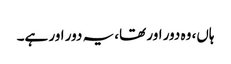
ہاں، وہ دور اور تھا، یہ دور اور ہے۔